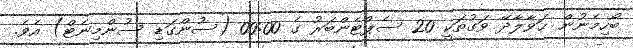
ބޯހިމެނުން ޙަވާލާދޭ ވަގުތަކީ 20 ސެޕްޓެންބަރު ގެ 00:00 (ސުންގަޑި ސުންމިނެޓް) އެވެ.